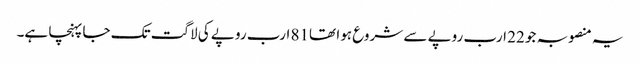
یہ منصوبہ جو 22 ارب روپے سے شروع ہوا تھا81 ارب روپے کی لاگت تک جا پہنچا ہے۔